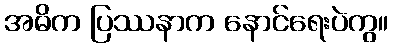
အဓိက ပြဿနာက နောင်ရေးပဲကွ။